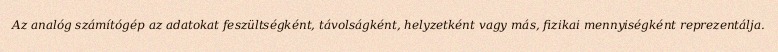
Az analóg számítógép az adatokat feszültségként, távolságként, helyzetként vagy más, fizikai mennyiségként reprezentálja.